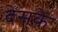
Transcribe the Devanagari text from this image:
देसके